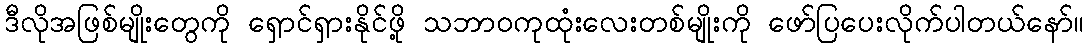
ဒီလိုအဖြစ်မျိုးတွေကို ရှောင်ရှားနိုင်ဖို့ သဘာဝကုထုံးလေးတစ်မျိုးကို ဖော်ပြပေးလိုက်ပါတယ်နော်။